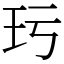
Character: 㺮